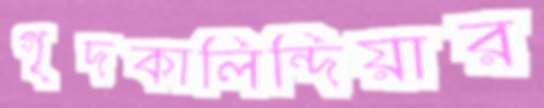
গৃদকালিন্দিয়ার